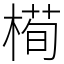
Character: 槆